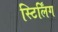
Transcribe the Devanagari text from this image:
स्टिर्लिंग